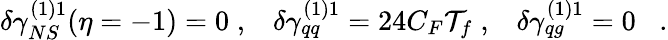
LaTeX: \delta\gamma_{NS}^{(1)1}(\eta=-1)=0\; ,\; \; \; \delta\gamma_{qq}^{(1)1}=24C_{F}\mathcal{T}_{f}\; ,\; \; \; \delta\gamma_{qg}^{(1)1}=0\; \; \; .